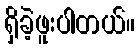
ရှိခဲ့ဖူးပါတယ်။